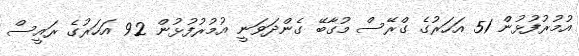
އުމުރުފުޅުން 51 އަހަރުގެ ގްރޭސް މުގާބޭ ގެންދަވަނީ އުމުރުފުޅުން 92 އަހަރުގެ ރައީސް